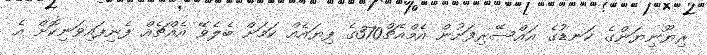
ރިޔޫނިޔަންގެ ކަނޑުގެ އައްސޭރިފަށުން އެމްއެޗް370ގެ ފިޔައެއް ކަމަށް ބެލެވޭ އެއްޗެއް ފެނިފައިވަނިކޮށް އެ